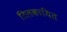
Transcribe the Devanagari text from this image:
तिलकायित